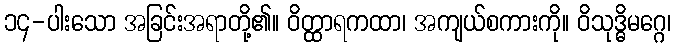
၁၄-ပါးသော အခြင်းအရာတို့၏။ ဝိတ္ထာရကထာ၊ အကျယ်စကားကို။ ဝိသုဒ္ဓိမဂ္ဂေ၊